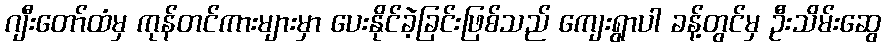
ဂျီးတော်ထံမှ ကုန်တင်ကားများမှာ ပေးနိုင်ခဲ့ခြင်းဖြစ်သည် ကျေးရွာပါ ခန့်တွင်မှ ဦးသိမ်းဆွေ